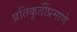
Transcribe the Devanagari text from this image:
प्रतिकृतींप्रमाणे